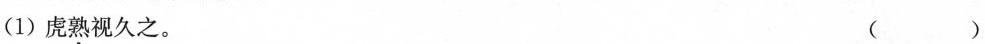
(1)烧熟视久之。（ ）